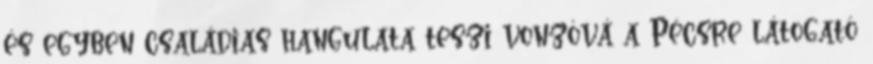
és egyben családias hangulata teszi vonzóvá a Pécsre látogató